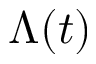
\Lambda ( t )